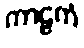
ကာဠကံ